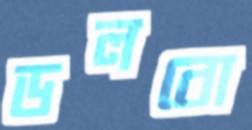
ডলবো